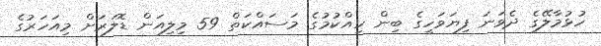
ހުޅުމާލޭގެ ދެވަނަ ފިޔަވަހީގެ ބިން ހިއްކުމުގެ މަސައްކަތް 59 މިލިއަން ޑޮލަރަށް މިއަހަރުގެ